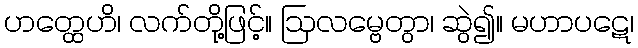
ဟတ္ထေဟိ၊ လက်တို့ဖြင့်။ ဩလမ္ဗေတွာ၊ ဆွဲ၍။ မဟာပဋေ၊